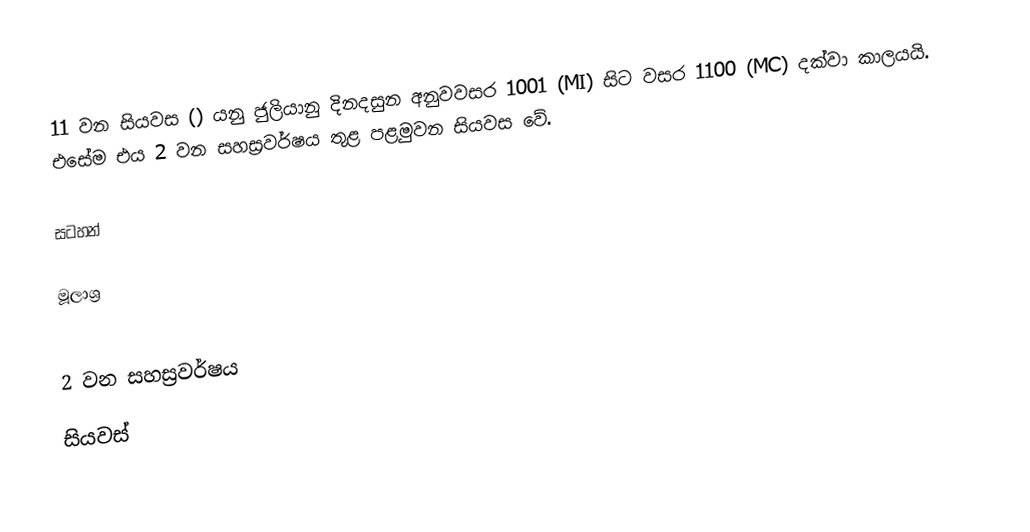
11 වන සියවස () යනු ජුලියානු දිනදසුන අනුවවසර 1001 (MI) සිට වසර 1100 (MC) දක්වා කාලයයි. එසේම එය 2 වන සහස්‍රවර්ෂය තුළ පළමුවන සියවස වේ.

සටහන්

මූලාශ්‍ර

2 වන සහස්‍රවර්ෂය
සියවස්